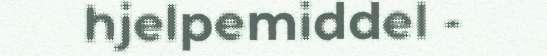
hjelpemiddel -